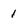
Character: 1